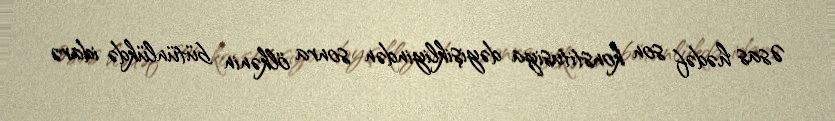
Əsas hədəf son konstitusiya dəyişikliyindən sonra ölkənin bütünlükdə idarə